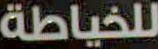
للخياطة